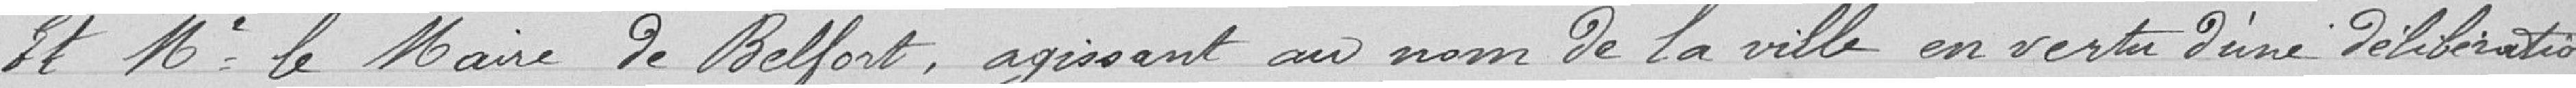
Et Monsieur le Maire de Belfort, agissant au nom de la Ville en vertu d'une délibération